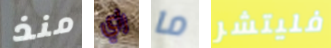
منذ راي ما فليتشر